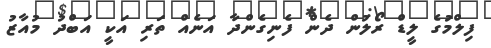
ފިލްމުގެ ލީޑް ރޯލުން ދެން ފެނިގެންދާ އަނެއް ތަރި އަކީ އަބްދު މުއާޒު